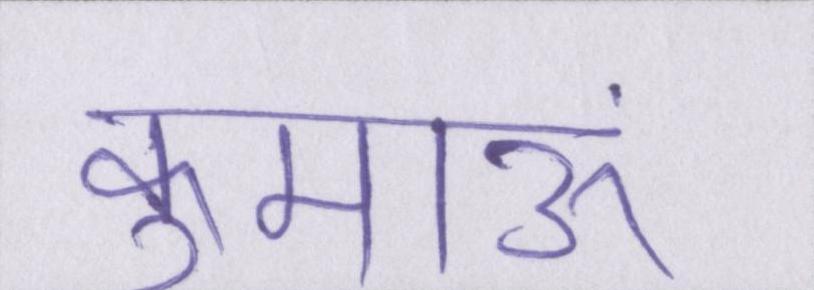
कुमाऊं